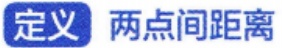
定义 两点间距离